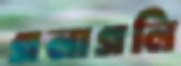
গলাগলি